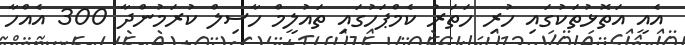
އެއީ އަތޮޅުތަކުގައި ހުރި ހަތަރު ކެމްޕަހުގައި ތައުލީމް ހާސިލް ކުރަމުންދާ 300 އެއްހާ